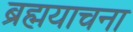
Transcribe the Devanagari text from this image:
ब्रह्मयाचना